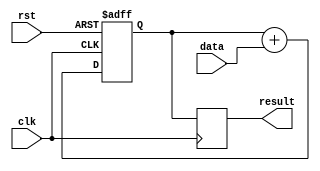
module accumulator (
  input wire clk,          // Clock signal
  input wire rst,          // Reset signal
  input wire [7:0] data,   // Input data value
  output reg [15:0] result // Accumulated result
);

// Internal signals
reg [15:0] accumulator;   // Accumulator value

// Always block to perform accumulation
always @(posedge clk or posedge rst) begin
  if (rst) begin
    accumulator <= 16'b0; // Reset accumulator value
  end else begin
    accumulator <= accumulator + data; // Accumulate data value
  end
end

// Assign accumulated value to result register
always @(posedge clk) begin
  result <= accumulator;
end

endmodule